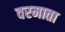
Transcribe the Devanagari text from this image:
वरमाता